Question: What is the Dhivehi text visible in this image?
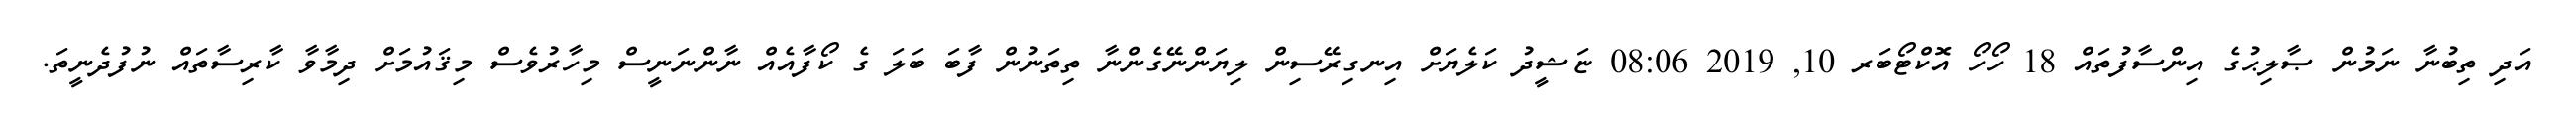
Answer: އަދި ތިބުނާ ނަމުން ޞާލިޙުގެ އިންސާފުތައް 18 ހޯހޯ އޮކްޓޯބަރ 10, 2019 08:06 ޏަޝީދު ކަލެޔަށް އިނގިރޭސިން ލިޔަންނޭގެންނާ ތިތަނުން ފާބަ ބަލަ ގެ ކޯފާއެއް ނާންނަނީސް މިހާރުވެސް މިޤައުމަށް ދިމާވާ ކާރިސާތައް ނުފުދެނީތަ.